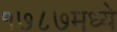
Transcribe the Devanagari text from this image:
१७८७मध्ये